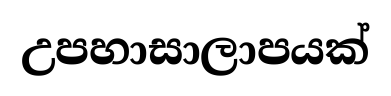
උපහාසාලාපයක්